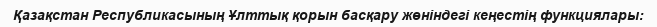
Қазақстан Республикасының Ұлттық қорын басқару жөніндегі кеңестің функциялары: